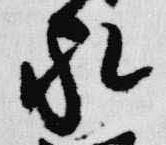
家